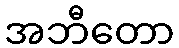
အဘီတော